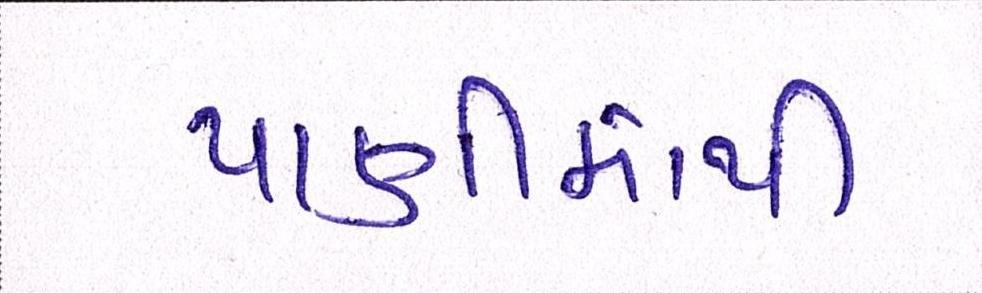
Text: પાણીમાંથી